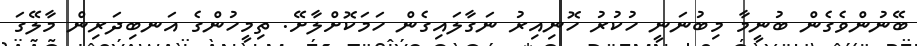
ބޭނުންވެގެން ބުނީމާ މިބުނަނީ ހުކުރު ހޮނިއިރު ނަގާލައިގެން ހަމަކޮށްލާށޭ. ތިމީހުންގެ އަނބިދަރިން މާލޭގަ